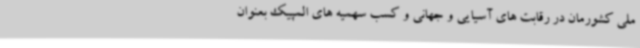
ملی کشورمان در رقابت های آسیایی و جهانی و کسب سهمیه های المپیک بعنوان